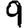
Digit: 9